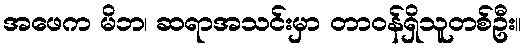
အဖေက မိဘ၊ ဆရာအသင်းမှာ တာဝန်ရှိသူတစ်ဦး။